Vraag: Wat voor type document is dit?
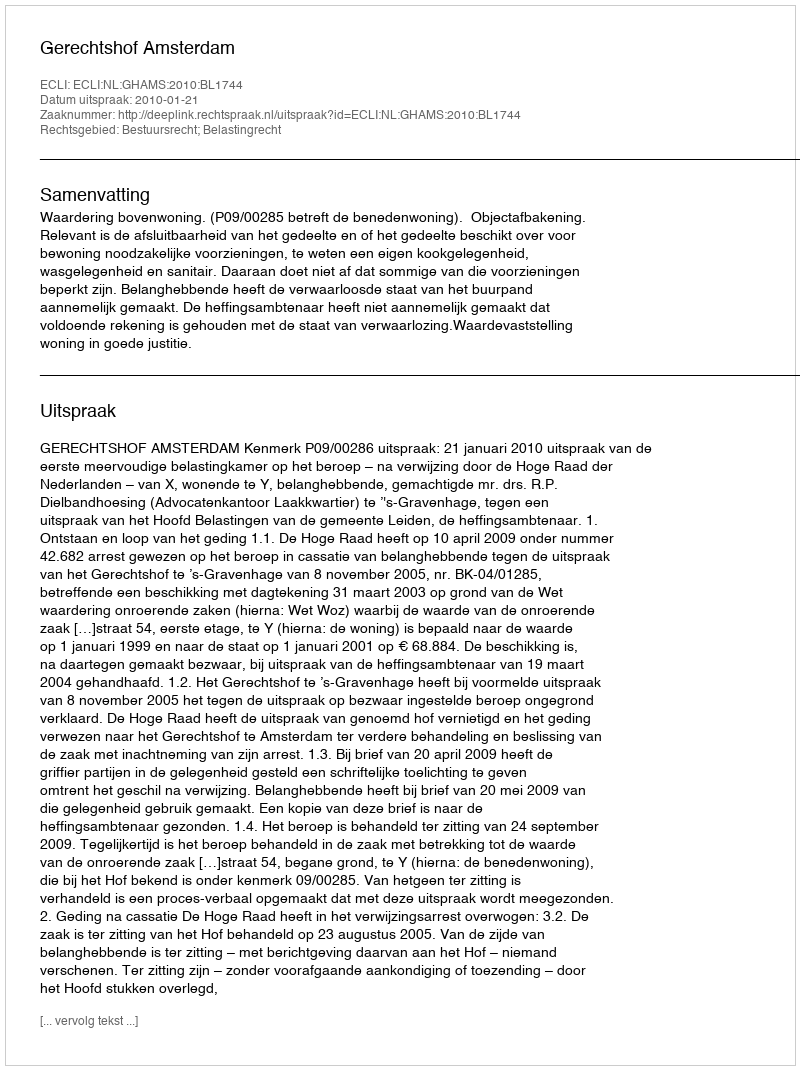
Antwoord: Uitspraak